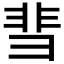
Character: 𬰙